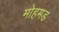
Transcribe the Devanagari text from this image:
मोहमड